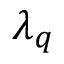
\lambda _ { q }